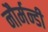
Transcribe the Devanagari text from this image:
नौर्मन्डी